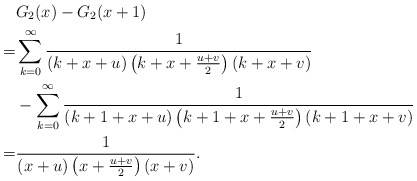
\begin{align*}&G_2(x)-G_2(x+1)\\=&\sum_{k=0}^{\infty}\frac{1}{(k+x+u)\left(k+x+\frac{u+v}{2}\right)\left(k+x+v\right)}\\&-\sum_{k=0}^{\infty}\frac{1}{(k+1+x+u)\left(k+1+x+\frac{u+v}{2}\right)\left(k+1+x+v\right)}\\=&\frac{1}{(x+u)\left(x+\frac{u+v}{2}\right)\left(x+v\right)}.\end{align*}